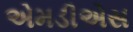
એમડીએસ